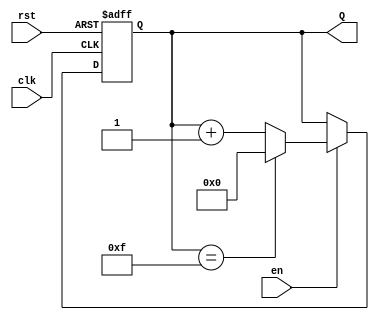
module UpCounterWithEnable (
    input wire clk,      // Clock signal
    input wire en,       // Enable signal
    input wire rst,      // Asynchronous reset signal
    output reg [n-1:0] Q // n-bit count output
);
    parameter n = 4; // Define the width of the counter (e.g., 4 bits)

    // Always block triggered on the rising edge of the clock or the reset signal
    always @(posedge clk or posedge rst) begin
        if (rst) begin
            Q <= 0; // Reset the counter to zero
        end else if (en) begin
            // Increment the counter and handle overflow
            if (Q == (2**n - 1)) begin
                Q <= 0; // Roll over to zero
            end else begin
                Q <= Q + 1; // Increment the counter
            end
        end
    end
endmodule